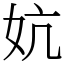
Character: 妔